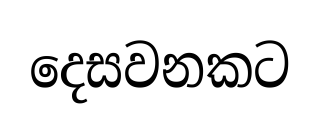
දෙසවනකට